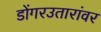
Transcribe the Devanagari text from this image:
डोंगरउतारांवर